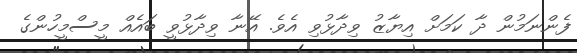
ފެންނަމުން ދާ ކަމަށް އިޔާޒު ވިދާޅުވި އެވެ. އޭނާ ވިދާޅުވީ ބައެއް މީސްމީހުންގެ